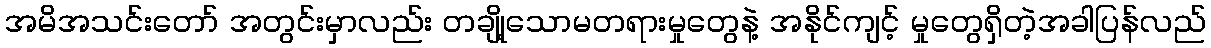
အမိအသင်းတော် အတွင်းမှာလည်း တချို့သောမတရားမှုတွေနဲ့ အနိုင်ကျင့် မှုတွေရှိတဲ့အခါပြန်လည်